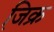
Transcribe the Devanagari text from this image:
जि़क्र